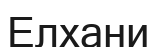
Елхани